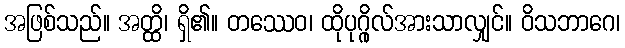
အဖြစ်သည်။ အတ္ထိ၊ ရှိ၏။ တဿေဝ၊ ထိုပုဂ္ဂိုလ်အားသာလျှင်။ ဝိသဘာဂေ၊